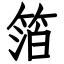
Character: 箔